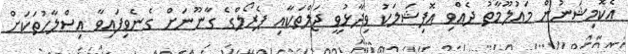
އެކޮމިޝަނުން މައުލޫމާތު ދެއްވި އޮފިޝަލަކު ވިދާޅުވީ ޖަލްތަކާއި ޕެރޯލްގެ ގާނޫނަށް ގެނެވިފައިވާ އިސްލާހުތަކަށް